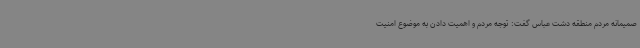
صمیمانه مردم منطقه دشت عباس گفت: توجه مردم و اهمیت دادن به موضوع امنیت